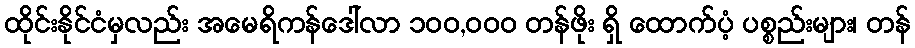
ထိုင်းနိုင်ငံမှလည်း အမေရိကန်ဒေါ်လာ ၁၀၀,၀၀၀ တန်ဖိုး ရှိ ထောက်ပံ့ ပစ္စည်းများ၊ တန်